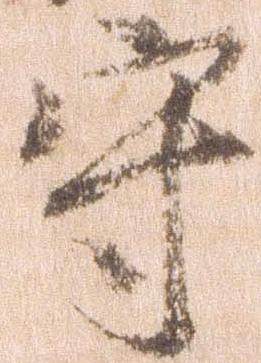
守